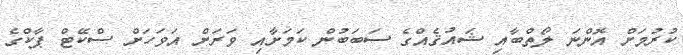
ކުރުމަށް އޮންނަ ލޯތްބާއި ޝައުޤެއްގެ ސަބަބުން ކަމަށާއި ވަރަށް އަވަހަށް ސްކޭޓް ޕާކްގެ